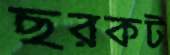
ছরকট